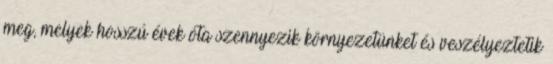
meg, melyek hosszú évek óta szennyezik környezetünket és veszélyeztetik